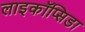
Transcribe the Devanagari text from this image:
लाइकॉप्सिडा